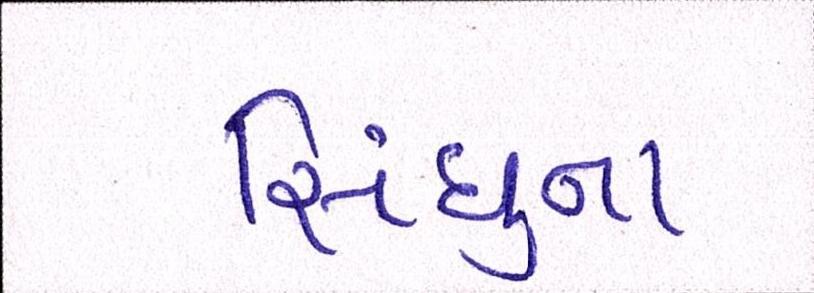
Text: સિંધુના